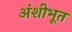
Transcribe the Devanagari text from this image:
अंशीभूत